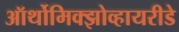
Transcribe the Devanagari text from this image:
ऑर्थोमिक्झोव्हायरीडे